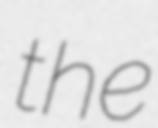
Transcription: the